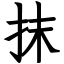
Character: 抹